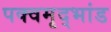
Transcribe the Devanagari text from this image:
पक्वमृद्भांड